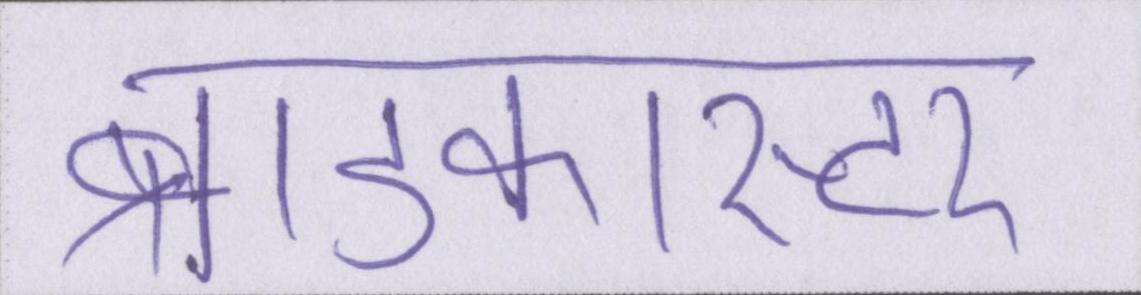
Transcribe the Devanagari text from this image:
ब्राडकास्टर